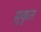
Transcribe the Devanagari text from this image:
सूकृत